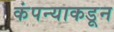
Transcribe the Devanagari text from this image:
कंपन्याकडून